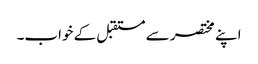
اپنے مختصر سے مستقبل کے خواب۔